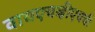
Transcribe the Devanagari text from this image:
वायएचव्हीएचची